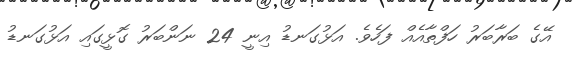
އޭގެ ބަރާބަރު ހަފްތާއެއް ފަހެވެ. އަޅުގަނޑު އިނީ 24 ނަންބަރު ގޮޅީގައި އަޅުގަނޑު